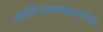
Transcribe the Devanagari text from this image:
अष्टविनायकांप्रमाणेच